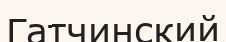
Гатчинский